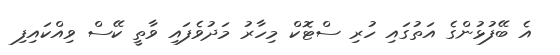
އެ ބޭފުޅުންގެ އަތުގައި ހުރި ސްޓޮކް މިހާރު މަދުވެފައި ވާތީ ކޭސް ވިއްކައިފި